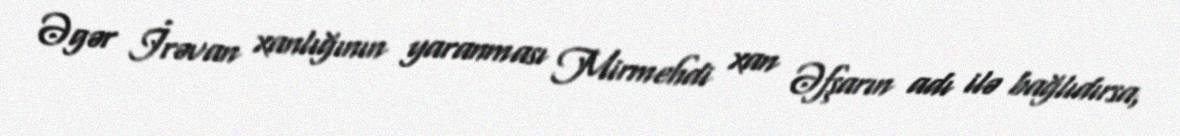
Əgər İrəvan xanlığının yaranması Mirmehdi xan Əfşarın adı ilə bağlıdırsa,